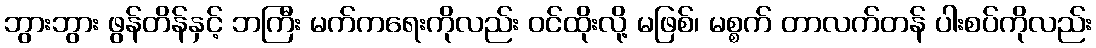
ဘွားဘွား ဖွန်တိန်နှင့် ဘကြီး မက်ကရေးကိုလည်း ဝင်ထိုးလို့ မဖြစ်၊ မစ္စက် တာလက်တန် ပါးစပ်ကိုလည်း